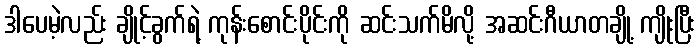
ဒါပေမဲ့လည်း ချိုင့်ခွက်ရဲ့ ကုန်းစောင်းပိုင်းကို ဆင်းသက်မိလို့ အဆင်းဂီယာတချို့ ကျိုးပြီး